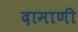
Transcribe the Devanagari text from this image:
दामाणी